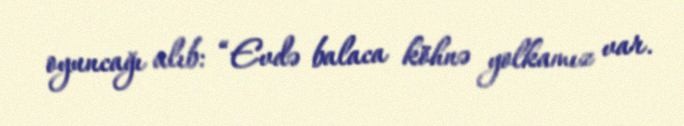
oyuncağı alıb: “Evdə balaca köhnə yolkamız var.